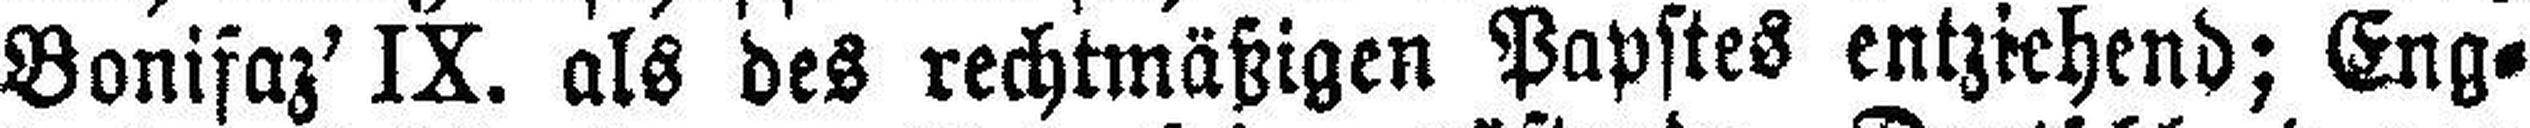
Bonifaz' IX. als des rechtmäßigen Papstes entziehend; Eng¬